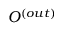
O ^ { ( o u t ) }